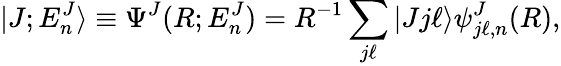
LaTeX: |J;E_{n}^{J}\rangle\equiv\Psi^{J}(R;E_{n}^{J})=R^{-1}\sum_{j\ell}|Jj\ell\rangle\psi_{j\ell,n}^{J}(R),